First report of the anti-malarial operations at Mian Mir, 1901-1903 - Number 6
Year: 1901
Disease focus: Malaria
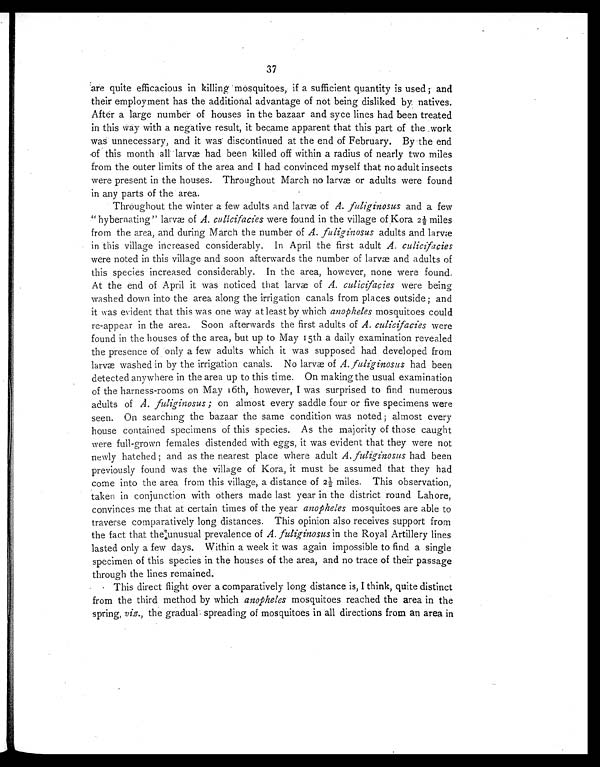
37
are quite efficacious in killing mosquitoes, if a sufficient quantity is used; and
their employment has the additional advantage of not being disliked by natives.
After a large number of houses in the bazaar and syce lines had been treated
in this way with a negative result, it became apparent that this part of the work
was unnecessary, and it was discontinued at the end of February. By the end
of this month all larvæ had been killed off within a radius of nearly two miles
from the outer limits of the area and I had convinced myself that no adult insects
were present in the houses. Throughout March no larvæ or adults were found
in any parts of the area.
Throughout the winter a few adults and larvæ of A . f u l i g i n o s u s
a n d a f e w
“ hybernating” larvæ ofA . c u l i c i f a c i e s
w e r e f o u n d i n t h e v i l l a g e o f,
K o r a 2 ½ m i l e s
from the area, and during March the number of A. fuliginosus adults and larvæ
in this village increased considerably. In April the first adult A. culicifacies
were noted in this village and soon afterwards the number of larvæ and adults of
this species increased considerably. In the area, however, none were found.
At the end of April it was noticed that larvæ of A. culicifacies were being
washed down into the area along the irrigation canals from places outside; and
it was evident that this was one way at least by which anopheles mosquitoes could
re-appear in the area. Soon afterwards the first adults of A. culicifaciesw e r e
found in the houses of the area, but up to May 15th a daily examination revealed
the presence of only a few adults which it was supposed had developed from
larvæ washed in by the irrigation canals. No larvæ of A. fuliginosus had been
detected anywhere in the area up to this time. On making the usual examination
of the harness-rooms on May 16th, however,I w a s s u r p r i s e d t o f i n d n u m e r o u s
adults of A. fuliginosus; on almost every saddle four or five specimens were
seen. On searching the bazaar the same condition was noted; almost every
house contained specimens of this species. As the majority of those caught
were full-grown females distended with eggs, it was evident that they were not
newly hatched; and as the nearest place where adult A. fuliginosus had been
previously found was the village of Kora, it must be assumed that they had
come into the area from this village, a distance of 2½ miles. This observation,
taken in conjunction with others made last year in the district round Lahore,
convinces me that at certain times of the year anopheles mosquitoes are able to
traverse comparatively long distances. This opinion also receives support from
the fact that the unusual prevalence of A. fuliginosus in the Royal Artillery lines
lasted only a few days. Within a week it was again impossible to find a single
specimen of this species in the houses of the area, and no trace of their passage
through the lines remained.
This direct flight over a comparatively long distance is, I think, quite distinct
from the third method by which anopheles mosquitoes reached the area in the
spring, viz., the gradual spreading of mosquitoes in all directions from an area in